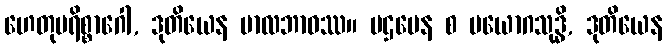
ဟေတုပရိစ္စာဂေါ, ဒုတိယေန ဗာလဘာဝဿ။ ပဌမေန စ ပယောဂသုဒ္ဓိ, ဒုတိယေန